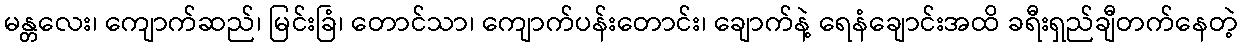
မန္တလေး၊ ကျောက်ဆည်၊ မြင်းခြံ၊ တောင်သာ၊ ကျောက်ပန်းတောင်း၊ ချောက်နဲ့ ရေနံချောင်းအထိ ခရီးရှည်ချီတက်နေတဲ့